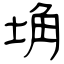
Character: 埆